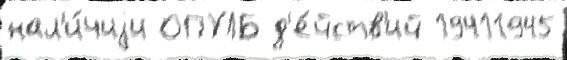
нал'и́чиjи ОПУЛБ д'е́йств'ий 19411945